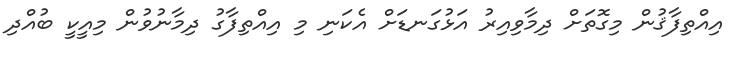
އިއްތިފާޤުން މިގޮތަށް ދިމާވިއިރު އަޅުގަނޑަށް އެކަނި މި އިއްތިފާގު ދިމާނުވުން މިއީކީ ބުއްދި